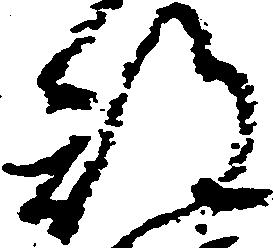
期